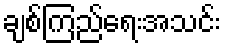
ချစ်ကြည်ရေးအသင်း